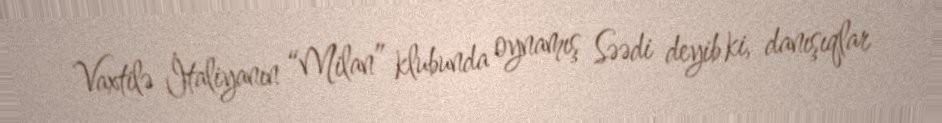
Vaxtilə İtaliyanın “Milan” klubunda oynamış Səədi deyib ki, danışıqlar